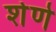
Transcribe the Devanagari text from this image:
शेणे